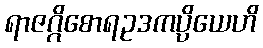
ရာဇဂ္ဂိစောရဥဒကပ္ပိယေဟိ